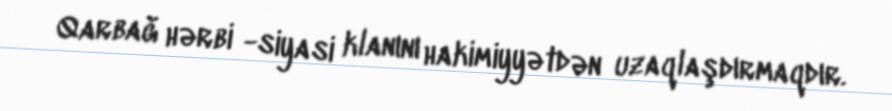
Qarbağ hərbi -siyasi klanını hakimiyyətdən uzaqlaşdırmaqdır.